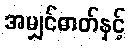
အမျှင်ဓာတ်နှင့်